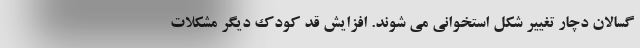
گسالان دچار تغییر شکل استخوانی می شوند. افزایش قد کودک دیگر مشکلات